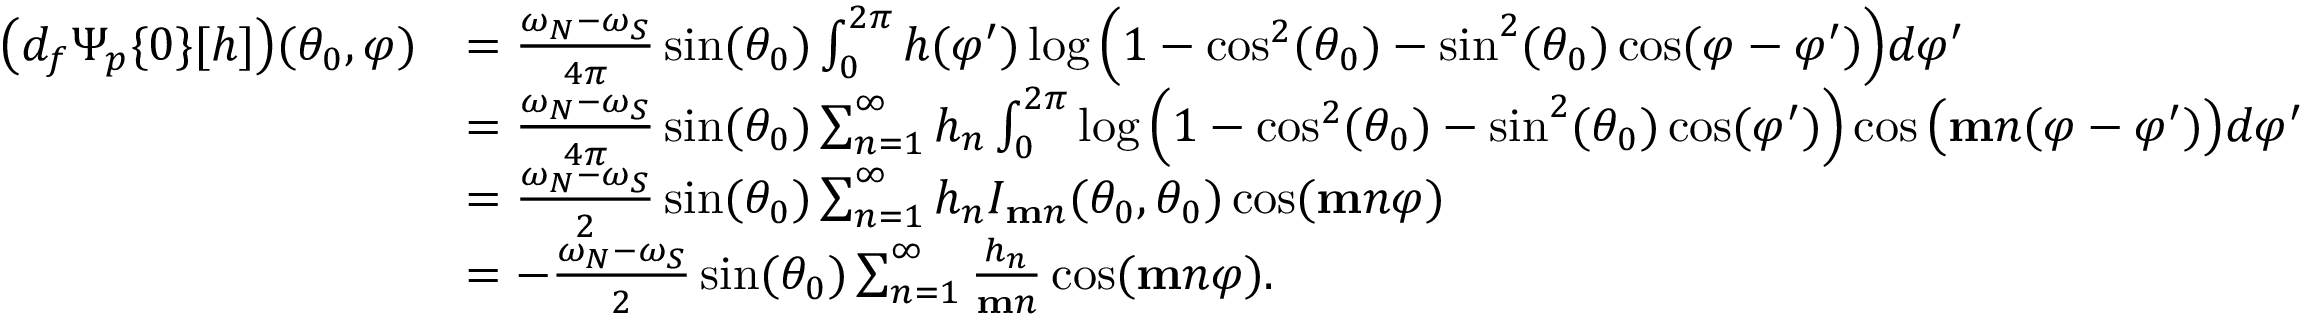
\begin{array} { r l } { \big ( d _ { f } \Psi _ { p } \{ 0 \} [ h ] \big ) ( \theta _ { 0 } , \varphi ) } & { = \frac { \omega _ { N } - \omega _ { S } } { 4 \pi } \sin ( \theta _ { 0 } ) \int _ { 0 } ^ { 2 \pi } h ( \varphi ^ { \prime } ) \log \Big ( 1 - \cos ^ { 2 } ( \theta _ { 0 } ) - \sin ^ { 2 } ( \theta _ { 0 } ) \cos ( \varphi - \varphi ^ { \prime } ) \Big ) d \varphi ^ { \prime } } \\ & { = \frac { \omega _ { N } - \omega _ { S } } { 4 \pi } \sin ( \theta _ { 0 } ) \sum _ { n = 1 } ^ { \infty } h _ { n } \int _ { 0 } ^ { 2 \pi } \log \Big ( 1 - \cos ^ { 2 } ( \theta _ { 0 } ) - \sin ^ { 2 } ( \theta _ { 0 } ) \cos ( \varphi ^ { \prime } ) \Big ) \cos \big ( \mathbf { m } n ( \varphi - \varphi ^ { \prime } ) \big ) d \varphi ^ { \prime } } \\ & { = \frac { \omega _ { N } - \omega _ { S } } { 2 } \sin ( \theta _ { 0 } ) \sum _ { n = 1 } ^ { \infty } h _ { n } I _ { \mathbf { m } n } ( \theta _ { 0 } , \theta _ { 0 } ) \cos ( \mathbf { m } n \varphi ) } \\ & { = - \frac { \omega _ { N } - \omega _ { S } } { 2 } \sin ( \theta _ { 0 } ) \sum _ { n = 1 } ^ { \infty } \frac { h _ { n } } { \mathbf { m } n } \cos ( \mathbf { m } n \varphi ) . } \end{array}